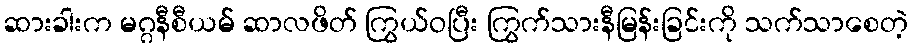
ဆားခါးက မဂ္ဂနီစီယမ် ဆာလဖိတ် ကြွယ်ဝပြီး ကြွက်သားနီမြန်းခြင်းကို သက်သာစေတဲ့